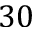
3 0